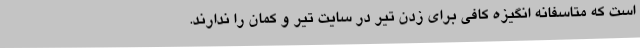
است که متاسفانه انگیزه کافی برای زدن تیر در سایت تیر و کمان را ندارند.